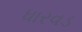
ધારવડ